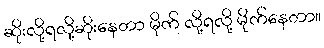
ဆိုးလို့ရလို့ဆိုးနေတာ မိုက် လို့ရလို့ မိုက်နေတာ။